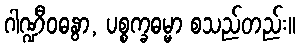
ဂါဏ္ဍီဝဓနွာ, ပစ္စက္ခဓမ္မာ စသည်တည်း။